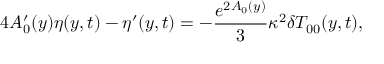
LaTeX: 4 A _ { 0 } ^ { \prime } ( y ) \eta ( y , t ) - \eta ^ { \prime } ( y , t ) = - \frac { e ^ { 2 A _ { 0 } ( y ) } } { 3 } \kappa ^ { 2 } \delta T _ { 0 0 } ( y , t ) ,